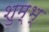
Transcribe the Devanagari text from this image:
शुम्भ्